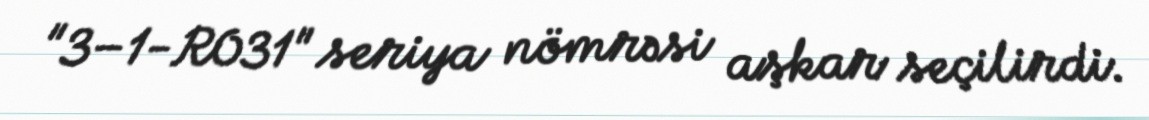
"3–1-R031" seriya nömrəsi aşkar seçilirdi.